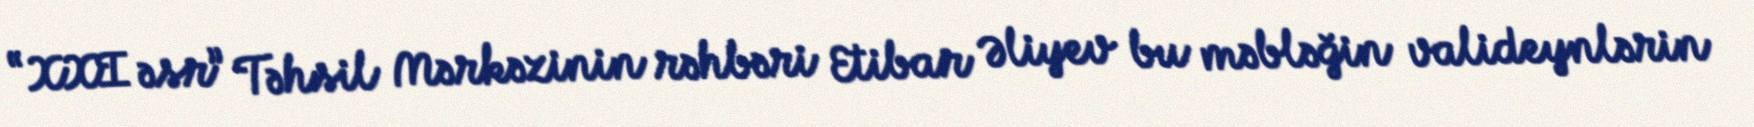
“XXI əsr” Təhsil Mərkəzinin rəhbəri Etibar Əliyev bu məbləğin valideynlərin